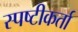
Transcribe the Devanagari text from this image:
स्पष्टीकर्ता